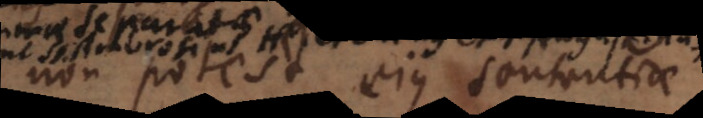
potest ejus sententiae